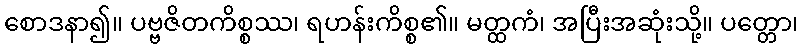
စောဒနာ၍။ ပဗ္ဗဇိတကိစ္စဿ၊ ရဟန်းကိစ္စ၏။ မတ္ထကံ၊ အပြီးအဆုံးသို့။ ပတ္တော၊